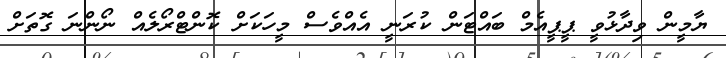
ޔާމީން ވިދާޅުވީ ޕީޕީއެމް ބައްޓަން ކުރަނީ އެއްވެސް މީހަކަށް ކޮންޓްރޯލެއް ނޯންނަ ގޮތަށް